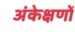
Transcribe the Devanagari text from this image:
अंकेक्षणों